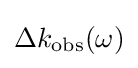
\Delta k_{\mathrm {obs} }(\omega )